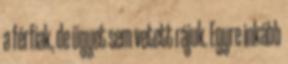
a férfiak, de ügyet sem vetett rájuk. Egyre inkább